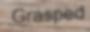
Grasped